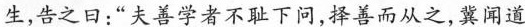
生，告之曰：“夫善学者不耻下问，择善而从之，冀闻道